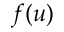
f ( u )